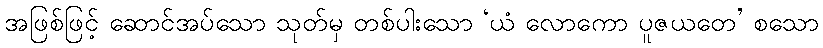
အဖြစ်ဖြင့် ဆောင်အပ်သော သုတ်မှ တစ်ပါးသော ‘ယံ လောကော ပူဇယတေ’ စသော